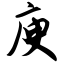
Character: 庾